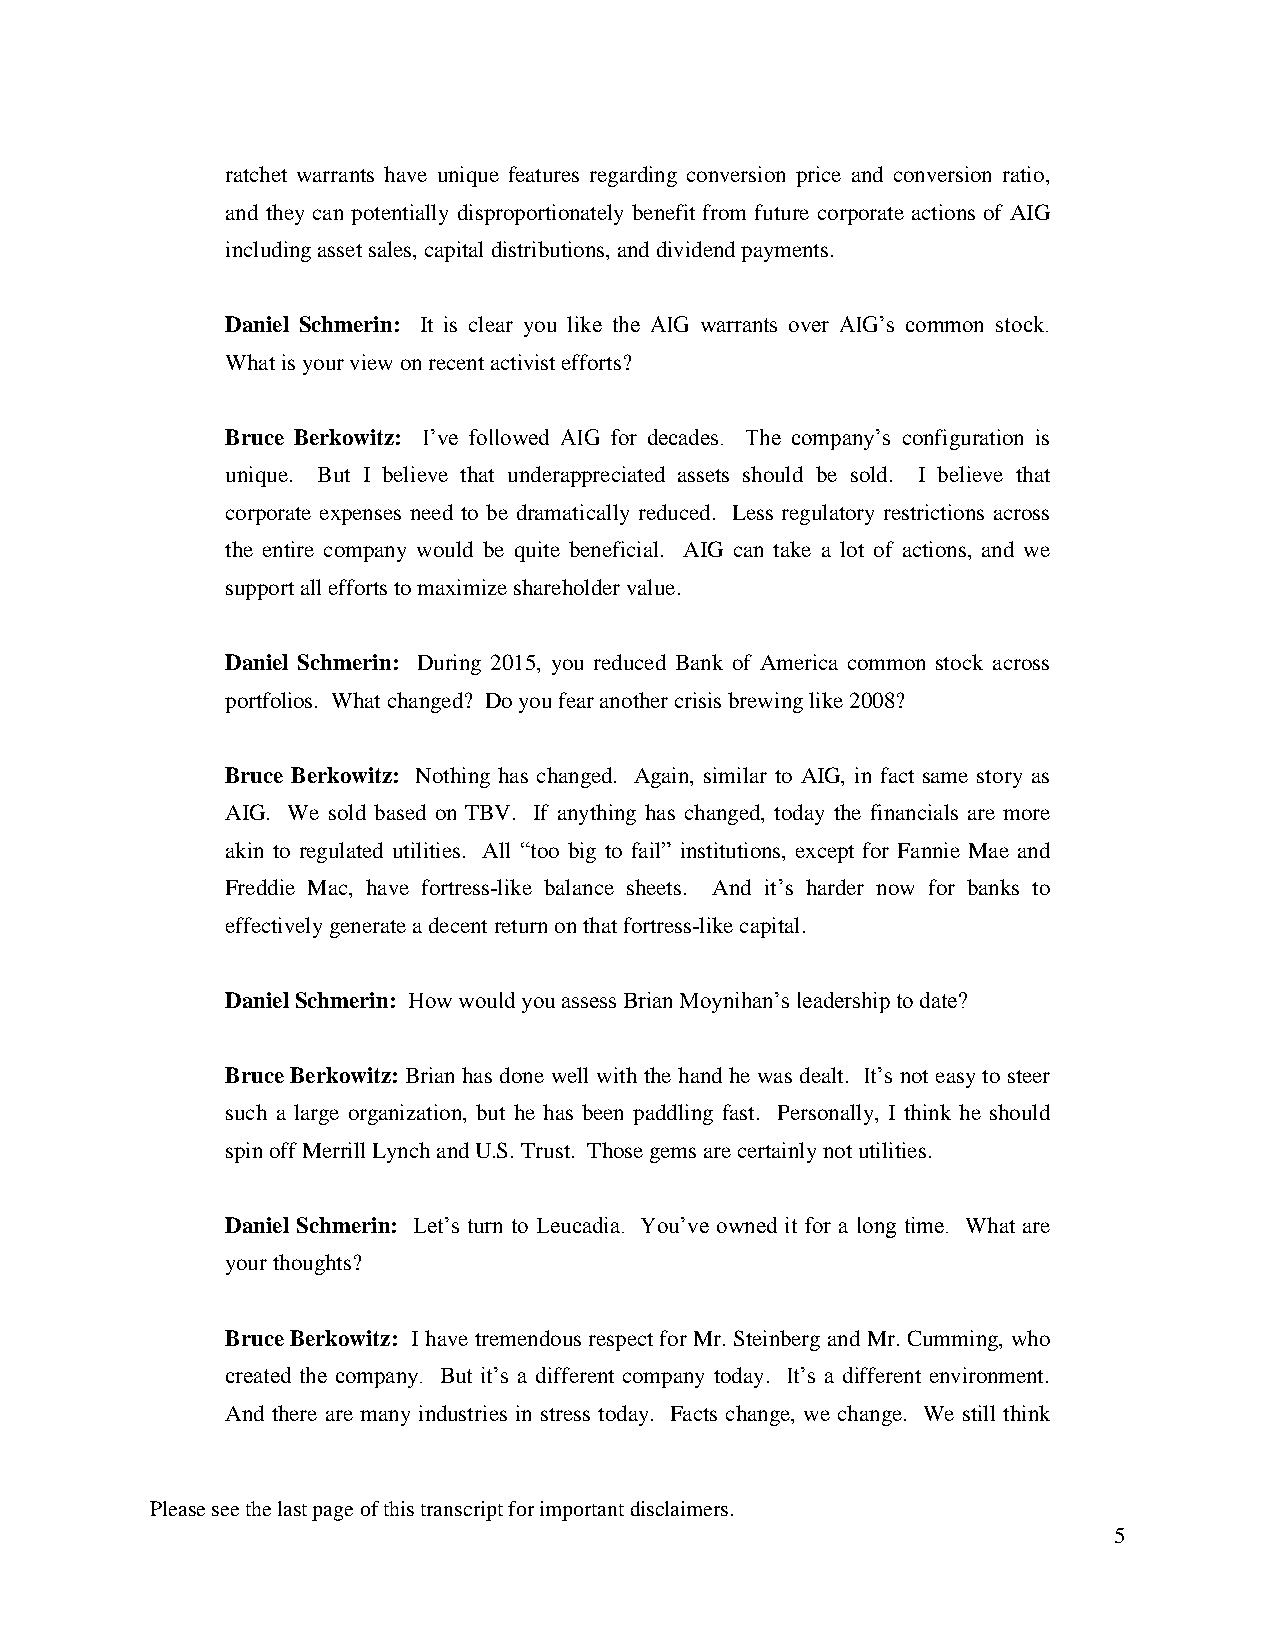
ratchet warrants have unique features regarding conversion price and conversion ratio,
 and they can potentially disproportionately benefit from future corporate actions of AIG
 including asset sales, capital distributions, and dividend payments.
 Daniel Schmerin: It is clear you like the AIG warrants over AIG’s common stock.
 What is your view on recent activist efforts?
 Bruce Berkowitz: I’ve followed AIG for decades. The company’s configuration is
 unique. But I believe that underappreciated assets should be sold. I believe that
 corporate expenses need to be dramatically reduced. Less regulatory restrictions across
 the entire company would be quite beneficial. AIG can take a lot of actions, and we
 support all efforts to maximize shareholder value.
 Daniel Schmerin: During 2015, you reduced Bank of America common stock across
 portfolios. What changed? Do you fear another crisis brewing like 2008?
 Bruce Berkowitz: Nothing has changed. Again, similar to AIG, in fact same story as
 AIG. We sold based on TBV. If anything has changed, today the financials are more
 akin to regulated utilities. All “too big to fail” institutions, except for Fannie Mae and
 Freddie Mac, have fortress-like balance sheets. And it’s harder now for banks to
 effectively generate a decent return on that fortress-like capital.
 Daniel Schmerin: How would you assess Brian Moynihan’s leadership to date?
 Bruce Berkowitz: Brian has done well with the hand he was dealt. It’s not easy to steer
 such a large organization, but he has been paddling fast. Personally, I think he should
 spin off Merrill Lynch and U.S. Trust. Those gems are certainly not utilities.
 Daniel Schmerin: Let’s turn to Leucadia. You’ve owned it for a long time. What are
 your thoughts?
 Bruce Berkowitz: I have tremendous respect for Mr. Steinberg and Mr. Cumming, who
 created the company. But it’s a different company today. It’s a different environment.
 And there are many industries in stress today. Facts change, we change. We still think
 Please see the last page of this transcript for important disclaimers.
 5